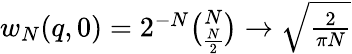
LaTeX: \begin{array}{r}{w_{N}(q,0)=2^{-N}\binom{N}{\frac{N}{2}}\to\sqrt{\frac{2}{\pi N}}}\end{array}